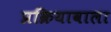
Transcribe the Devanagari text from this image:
प्रक्रियावाला